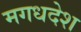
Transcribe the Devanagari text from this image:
मगधदेश